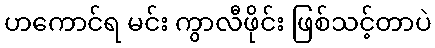
ဟကောင်ရ မင်း ကွာလီဖိုင်း ဖြစ်သင့်တာပဲ